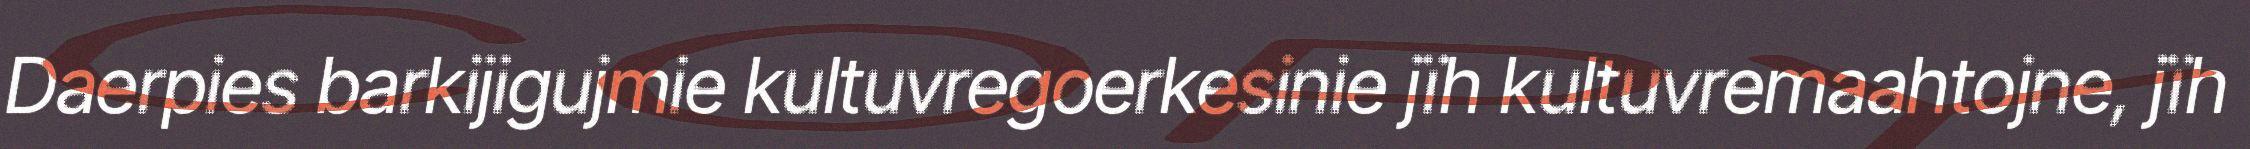
Daerpies barkijigujmie kultuvregoerkesinie jïh kultuvremaahtojne, jïh